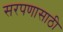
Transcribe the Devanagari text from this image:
सरपणासाठी